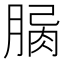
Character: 𦝾